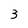
Character: 3